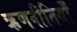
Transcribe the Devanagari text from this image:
ऋणनीतियाँ